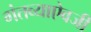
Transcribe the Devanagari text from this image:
गंतव्याऐवजी